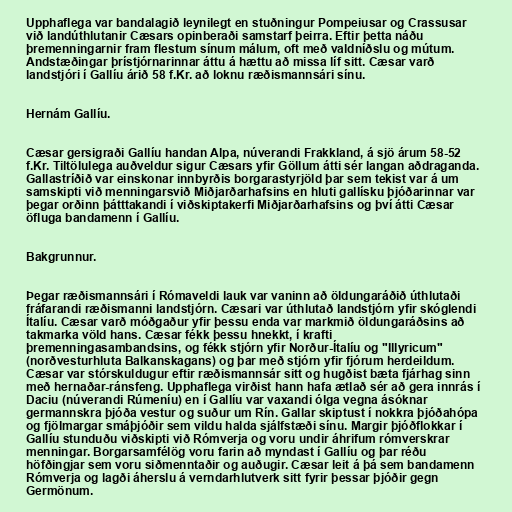
Upphaflega var bandalagið leynilegt en stuðningur Pompeiusar og Crassusar
við landúthlutanir Cæsars opinberaði samstarf þeirra. Eftir þetta náðu
þremenningarnir fram flestum sínum málum, oft með valdníðslu og mútum.
Andstæðingar þrístjórnarinnar áttu á hættu að missa líf sitt. Cæsar varð
landstjóri í Gallíu árið 58 f.Kr. að loknu ræðismannsári sínu.

Hernám Gallíu.

Cæsar gersigraði Gallíu handan Alpa, núverandi Frakkland, á sjö árum 58-52
f.Kr. Tiltölulega auðveldur sigur Cæsars yfir Göllum átti sér langan aðdraganda.
Gallastríðið var einskonar innbyrðis borgarastyrjöld þar sem tekist var á um
samskipti við menningarsvið Miðjarðarhafsins en hluti gallísku þjóðarinnar var
þegar orðinn þátttakandi í viðskiptakerfi Miðjarðarhafsins og því átti Cæsar
öfluga bandamenn í Gallíu.

Bakgrunnur.

Þegar ræðismannsári í Rómaveldi lauk var vaninn að öldungaráðið úthlutaði
fráfarandi ræðismanni landstjórn. Cæsari var úthlutað landstjórn yfir skóglendi
Ítalíu. Cæsar varð móðgaður yfir þessu enda var markmið öldungaráðsins að
takmarka völd hans. Cæsar fékk þessu hnekkt, í krafti
þremenningasambandsins, og fékk stjórn yfir Norður-Ítalíu og "Illyricum"
(norðvesturhluta Balkanskagans) og þar með stjórn yfir fjórum herdeildum.
Cæsar var stórskuldugur eftir ræðismannsár sitt og hugðist bæta fjárhag sinn
með hernaðar-ránsfeng. Upphaflega virðist hann hafa ætlað sér að gera innrás í
Daciu (núverandi Rúmeníu) en í Gallíu var vaxandi ólga vegna ásóknar
germannskra þjóða vestur og suður um Rín. Gallar skiptust í nokkra þjóðahópa
og fjölmargar smáþjóðir sem vildu halda sjálfstæði sínu. Margir þjóðflokkar í
Gallíu stunduðu viðskipti við Rómverja og voru undir áhrifum rómverskrar
menningar. Borgarsamfélög voru farin að myndast í Gallíu og þar réðu
höfðingjar sem voru siðmenntaðir og auðugir. Cæsar leit á þá sem bandamenn
Rómverja og lagði áherslu á verndarhlutverk sitt fyrir þessar þjóðir gegn
Germönum.